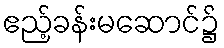
ဧည့်ခန်းမဆောင်၌